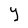
Character: Y